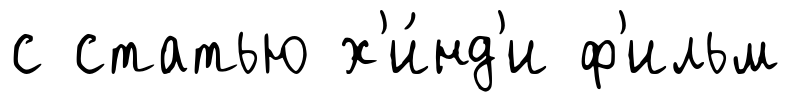
с статью х'и́нд'и ф'ильм